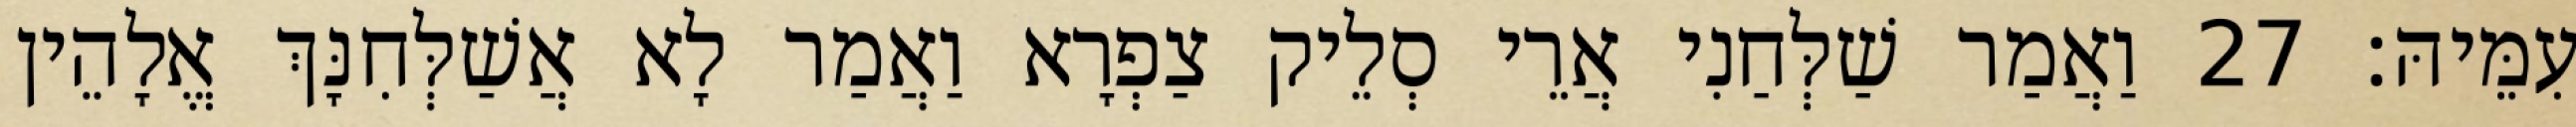
עִמֵּיהּ׃ 27 וַאֲמַר שַׁלְּחַנִי אֲרֵי סְלֵיק צַפְרָא וַאֲמַר לָא אֲשַׁלְּחִנָּךְ אֱלָהֵין